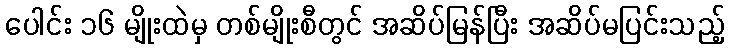
ပေါင်း ၁၆ မျိုးထဲမှ တစ်မျိုးစီတွင် အဆိပ်မြန်ပြီး အဆိပ်မပြင်းသည့်